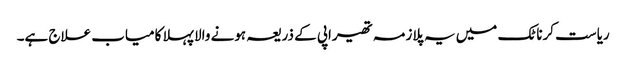
ریاست کرناٹک میں یہ پلازمہ تھیراپی کے ذریعہ ہونے والا پہلا کامیاب علاج ہے۔